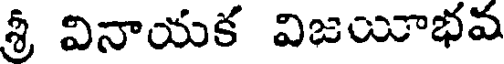
శ్రీ వినాయక విజయాభవ